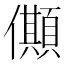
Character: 𠐾